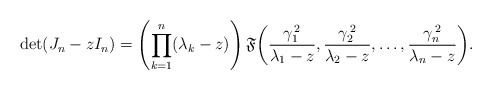
\begin{align*}\det(J_{n}-zI_{n})=\left(\prod_{k=1}^{n}(\lambda_{k}-z)\right)\mathfrak{F}\!\left(\frac{\gamma_{1}^{\,2}}{\lambda_{1}-z},\frac{\gamma_{2}^{\,2}}{\lambda_{2}-z},\dots,\frac{\gamma_{n}^{\,2}}{\lambda_{n}-z}\right)\!.\end{align*}